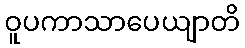
ဝူပကာသာပေယျာတိ